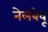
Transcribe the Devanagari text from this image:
नेलबेवू